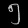
Digit: ၅